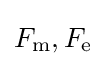
F_{\text{m}},F_{\text{e}}